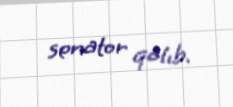
senator qalıb.